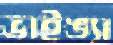
ভাইঙ্যা